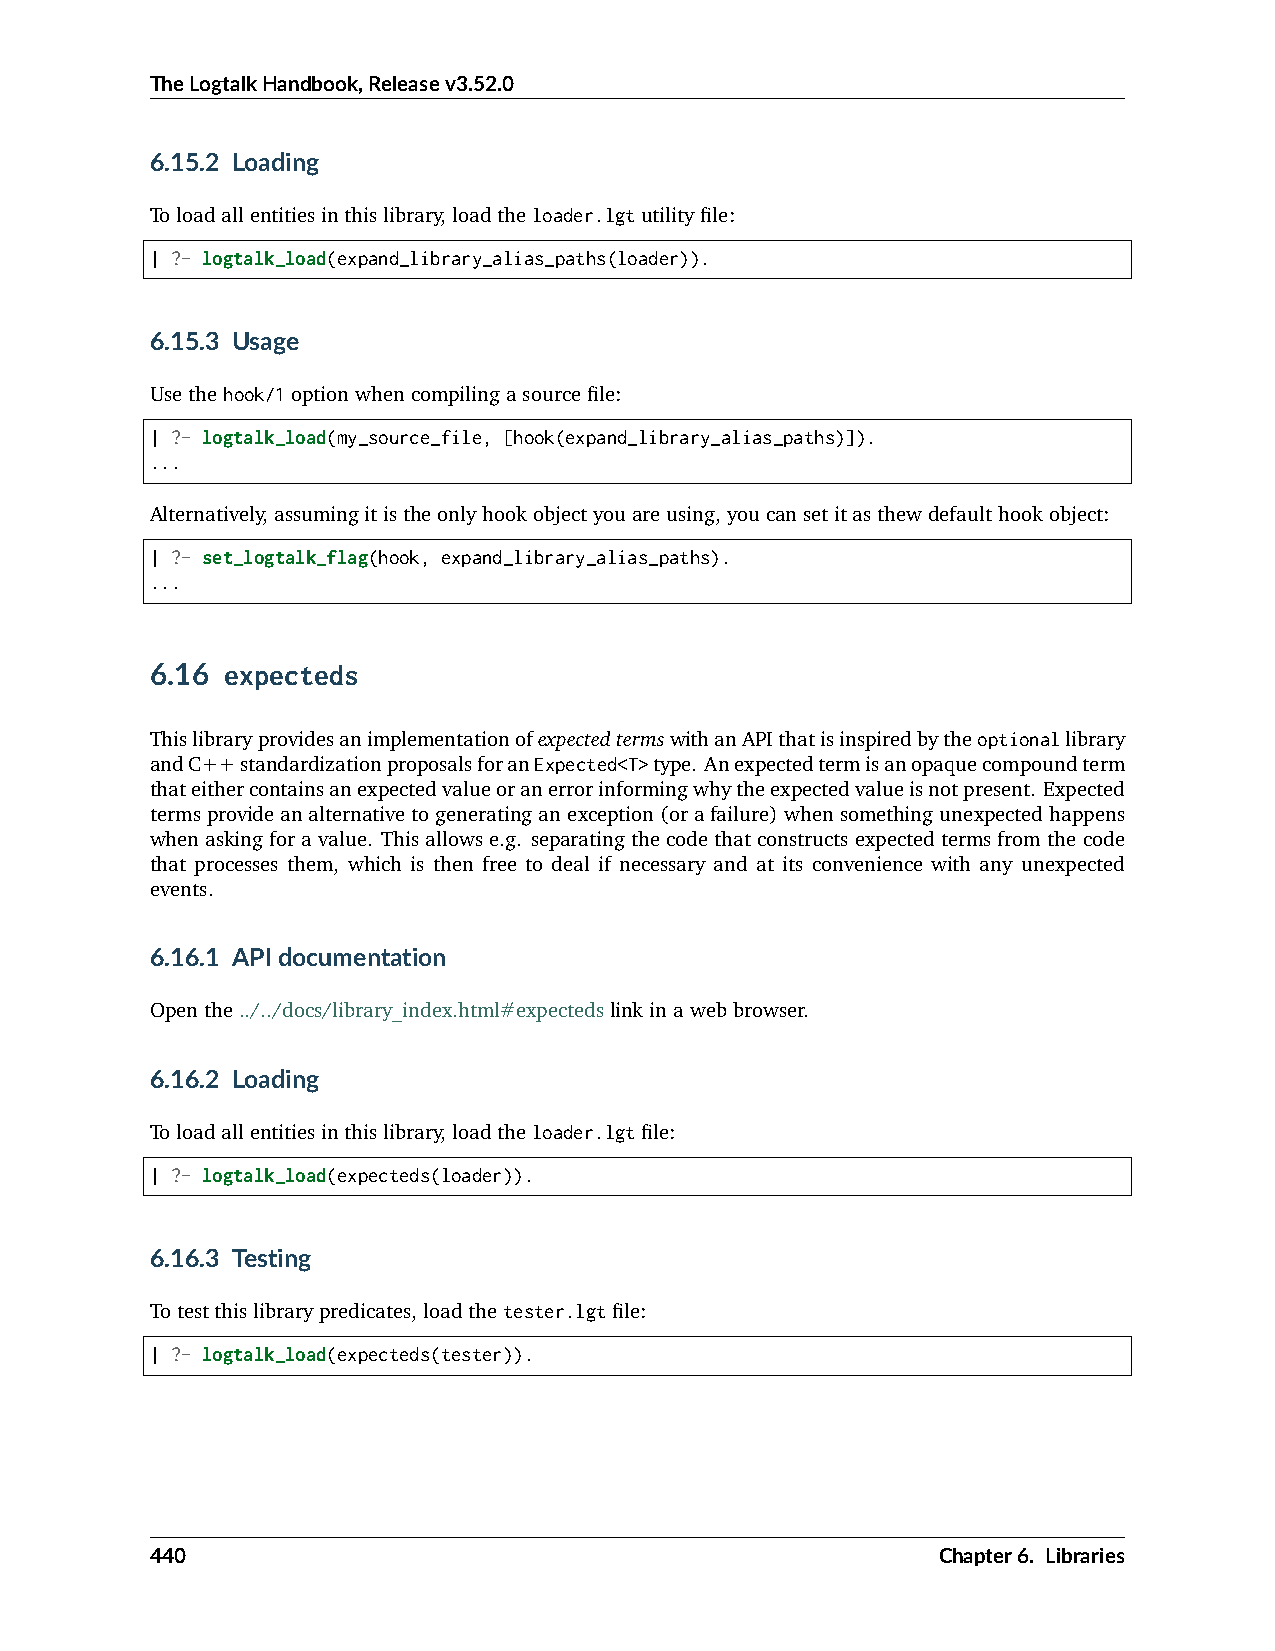
TheLogtalkHandbook,Releasev3.52.0
 6.15.2 Loading
 Toloadallentitiesinthislibrary,loadtheloader.lgtutilityfile:
 | ?- logtalk_load(expand_library_alias_paths(loader)).
 6.15.3 Usage
 Usethehook/1optionwhencompilingasourcefile:
 | ?- logtalk_load(my_source_file, [hook(expand_library_alias_paths)]).
 ...
 Alternatively,assumingitistheonlyhookobjectyouareusing,youcansetitasthewdefaulthookobject:
 | ?- set_logtalk_flag(hook, expand_library_alias_paths).
 ...
 6.16 expecteds
 ThislibraryprovidesanimplementationofexpectedtermswithanAPIthatisinspiredbytheoptionallibrary
 andC++standardizationproposalsforanExpected<T>type. Anexpectedtermisanopaquecompoundterm
 thateithercontainsanexpectedvalueoranerrorinformingwhytheexpectedvalueisnotpresent. Expected
 termsprovideanalternativetogeneratinganexception(orafailure)whensomethingunexpectedhappens
 whenaskingforavalue. Thisallowse.g. separatingthecodethatconstructsexpectedtermsfromthecode
 that processes them, which is then free to deal if necessary and at its convenience with any unexpected
 events.
 6.16.1 APIdocumentation
 Openthe../../docs/library_index.html#expectedslinkinawebbrowser.
 6.16.2 Loading
 Toloadallentitiesinthislibrary,loadtheloader.lgtfile:
 | ?- logtalk_load(expecteds(loader)).
 6.16.3 Testing
 Totestthislibrarypredicates,loadthetester.lgtfile:
 | ?- logtalk_load(expecteds(tester)).
 440                                                 Chapter6. Libraries